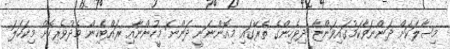
މިސާލަކަށް ދަންނަވާކަމުގައިވަންޏާ ދިވެހިންގެ ތެރޭގައި މިއޮންނަނީ ދަންނަ މީހުންނާއި ރައްޓެހިން މެދުވެރިކޮށް މިކަހަލަ